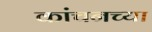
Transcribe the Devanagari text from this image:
कांचनच्या